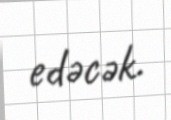
edəcək.